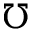
\mho